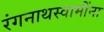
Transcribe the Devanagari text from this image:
रंगनाथस्वामींना